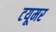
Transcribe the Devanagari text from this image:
टयूमर